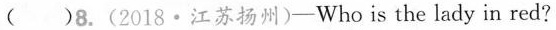
()8.(2018·江苏扬州)-Who is the lady in red?